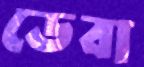
ডেবা